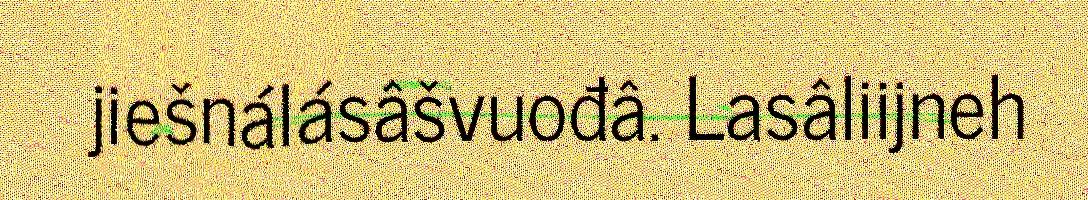
jiešnálásâšvuođâ. Lasâliijneh